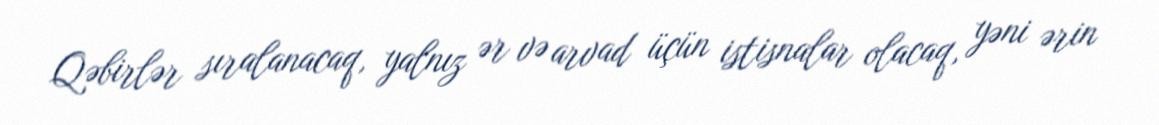
Qəbirlər sıralanacaq, yalnız ər və arvad üçün istisnalar olacaq, yəni ərin